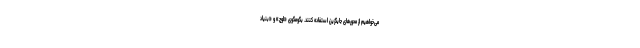
می‌خواهیم از محورهای جایگزین استفاده کنند. بگومگوی «اوج» و «بنیاد